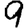
Digit: 9